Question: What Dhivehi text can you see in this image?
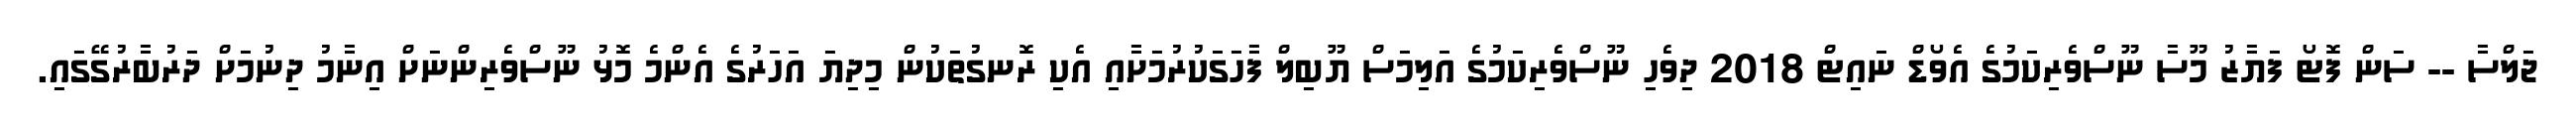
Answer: ޖަލްސާ -- ސަން ފޮޓޯ ފަޔާޒު މޫސާ ނޫސްވެރިކަމުގެ އެވޯޑް ނައިޓް 2018 ދިވެހި ނޫސްވެރިކަމުގެ އަލިމަސް ޔޫބިލް ފާހަގަކުރުމަށާއި އެކި ރޮނގުތަކުން މިދިޔަ އަހަރުގެ އެންމެ މޮޅު ނޫސްވެރިންނަށް އިނާމު ދިނުމަށް ދަރުބާރުގޭގައި.